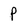
Character: P